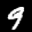
Label: 9